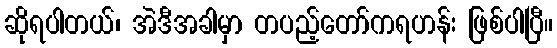
ဆိုရပါတယ်၊ အဲဒီအခါမှာ တပည့်တော်ကရဟန်း ဖြစ်ပါပြီ။